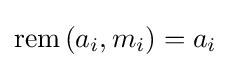
\mathrm {rem} \left(a_{i},m_{i}\right)=a_{i}